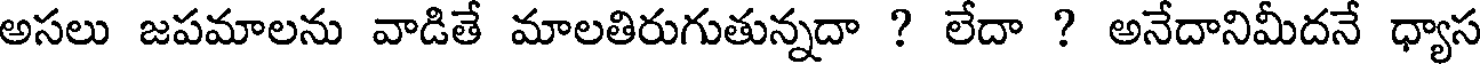
అసలు జపమాలను వాడితే మాలతిరుగుతున్నదా ? లేదా ? అనేదానిమీదనే ధ్యాస